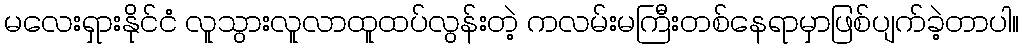
မလေးရှားနိုင်ငံ လူသွားလူလာထူထပ်လွန်းတဲ့ ကလမ်းမကြီးတစ်နေရာမှာဖြစ်ပျက်ခဲ့တာပါ။